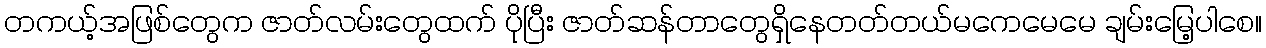
တကယ့်အဖြစ်တွေက ဇာတ်လမ်းတွေထက် ပိုပြီး ဇာတ်ဆန်တာတွေရှိနေတတ်တယ်မကေမေမေ ချမ်းမြေ့ပါစေ။